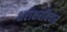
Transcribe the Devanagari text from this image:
क्षराक्षरविचार